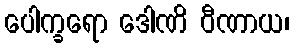
ပေါက္ခရော ဒေါဏိ ဝီဏာယ၊